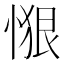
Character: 𱞴